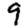
Digit: 9